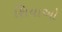
શિયાઓ